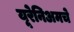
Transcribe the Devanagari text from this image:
यूरेनिअमचे